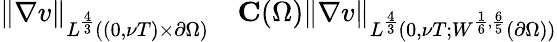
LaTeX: \begin{array}{rl}{\left\lVert\nabla v\right\rVert_{L^{\frac 43}((0,\nu T)\times\partial\Omega)}}&{{}\le C(\Omega)\left\lVert\nabla v\right\rVert_{L^{\frac 43}(0,\nu T;W^{\frac 16,\frac 65}(\partial\Omega))}}\end{array}